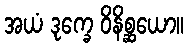
အယံ ဒုက္ခေ ဝိနိစ္ဆယော။